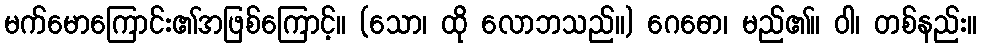
မက်မောကြောင်း၏အဖြစ်ကြောင့်။ (သော၊ ထို လောဘသည်။) ဂေဓော၊ မည်၏။ ဝါ၊ တစ်နည်း။